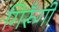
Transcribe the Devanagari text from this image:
गिरूँगी